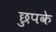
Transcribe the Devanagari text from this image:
छुपके